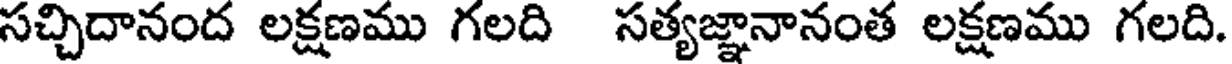
సచ్చిదానంద లక్షణము గలది సత్యజ్ఞానానంత లక్షణము గలది.